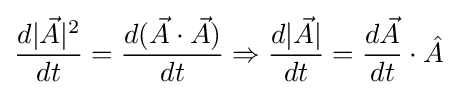
{d|{\vec {A}}|^{2} \over dt}={d({\vec {A}}\cdot {\vec {A}}) \over dt}\Rightarrow {d|{\vec {A}}| \over dt}={d{\vec {A}} \over dt}\cdot {\hat {A}}